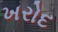
ખરોદ